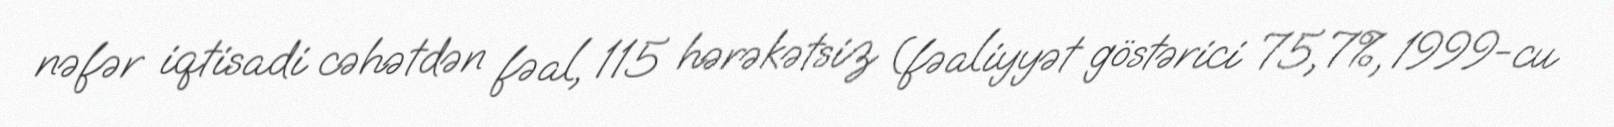
nəfər iqtisadi cəhətdən fəal, 115 hərəkətsiz (fəaliyyət göstərici 75,7%, 1999-cu